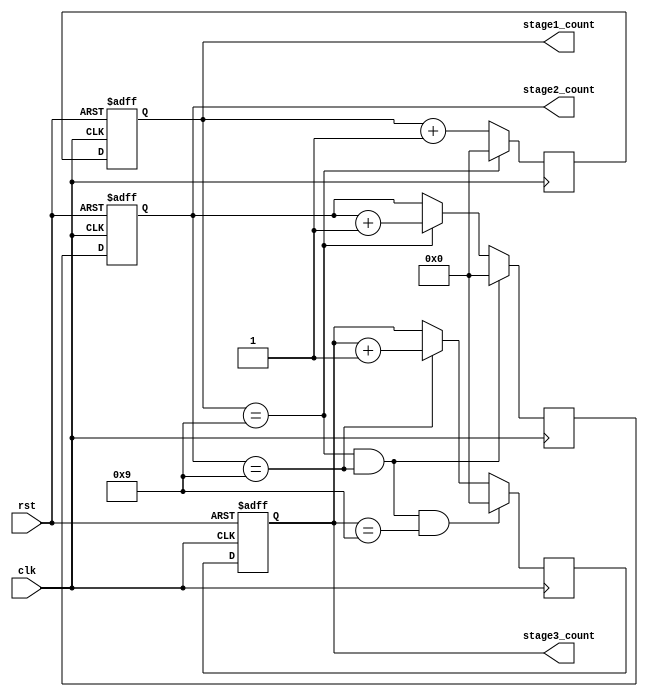
module cascaded_counter(
    input clk,
    input rst,
    output reg [3:0] stage1_count,
    output reg [3:0] stage2_count,
    output reg [3:0] stage3_count
);

reg [3:0] stage1_count_next;
reg [3:0] stage2_count_next;
reg [3:0] stage3_count_next;

always @ (posedge clk or posedge rst) begin
    if (rst) begin
        stage1_count <= 4'b0000;
        stage2_count <= 4'b0000;
        stage3_count <= 4'b0000;
    end else begin
        stage1_count <= stage1_count_next;
        stage2_count <= stage2_count_next;
        stage3_count <= stage3_count_next;
    end
end

always @ (posedge clk) begin
    stage1_count_next = (stage1_count == 4'b1001) ? 4'b0000 : stage1_count + 1;
    stage2_count_next = (stage1_count == 4'b1001 && stage2_count == 4'b1001) ? 4'b0000 : (stage1_count == 4'b1001) ? stage2_count + 1 : stage2_count;
    stage3_count_next = (stage1_count == 4'b1001 && stage2_count == 4'b1001 && stage3_count == 4'b1001) ? 4'b0000 : (stage2_count == 4'b1001) ? stage3_count + 1 : stage3_count;
end

endmodule